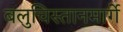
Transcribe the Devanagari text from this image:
बलुचिस्तानमार्गे